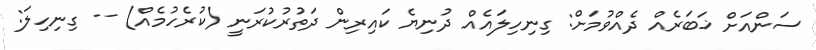
ސަންއަށް ޚަބަރެއް ދެއްވުމަށް: ގިނިހިލައެއް ދުނިޔެ ކައިރިން ދަތުރުކުރަނީ (ކުރެހުމެއް) -- ގިނިހިލަ: